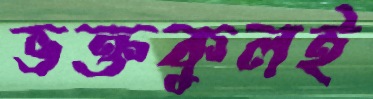
ভক্তকুলই